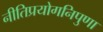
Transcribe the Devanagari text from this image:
नीतिप्रयोगनिपुणा